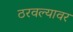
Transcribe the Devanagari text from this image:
ठरवल्यावर